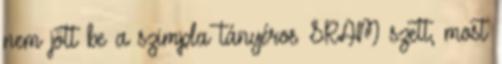
nem jött be a szimpla tányéros SRAM szett, most